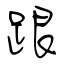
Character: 跟